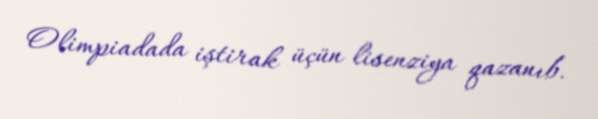
Olimpiadada iştirak üçün lisenziya qazanıb.